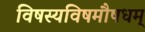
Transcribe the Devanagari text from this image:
विषस्यविषमौषधम्‌